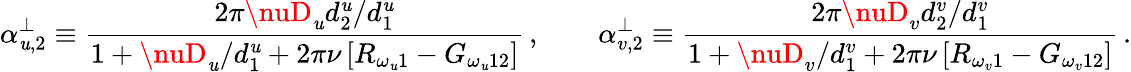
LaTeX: \alpha_{\mathit{u},2}^{\perp}\equiv\frac{{2\pi\nuD_{\mathit{u}}{d_{2}^{\mathit{u}}/d_{1}^{\mathit{u}}}}}{{1+{\nuD_{\mathit{u}}/d_{1}^{\mathit{u}}}+2\pi\nu\left[R_{\omega_{\mathit{u}}1}-G_{\omega_{\mathit{u}}12}\right]}}\, ,\qquad\alpha_{v,2}^{\perp}\equiv\frac{{2\pi\nuD_{v}{d_{2}^{v}/d_{1}^{v}}}}{{1+{\nuD_{v}/d_{1}^{v}}+2\pi\nu\left[R_{\omega_{v}1}-G_{\omega_{v}12}\right]}}\, .